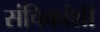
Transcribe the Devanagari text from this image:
संचिकांशी